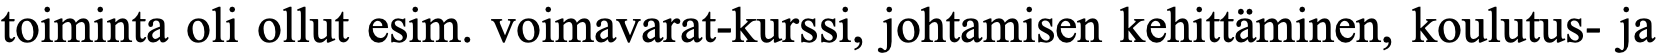
toiminta oli ollut esim. voimavarat-kurssi, johtamisen kehittäminen, koulutus- ja